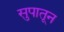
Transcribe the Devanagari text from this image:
सुपातून